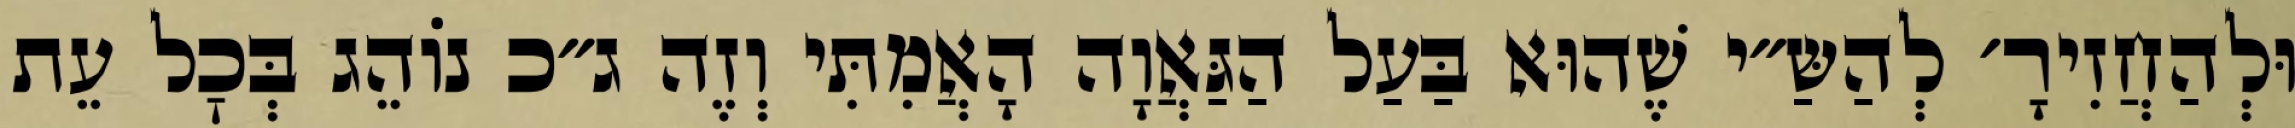
וּלְהַחֲזִירָ׳ לְהַשַּ״י שֶׁהוּא בַּעַל הַגַּאֲוָה הָאֲמִתִּי וְזֶה ג״כ נוֹהֵג בְּכׇל עֵת